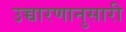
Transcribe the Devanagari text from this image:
उच्चारणानुसारी